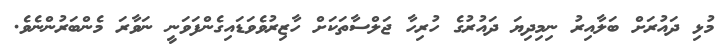
މުޅި ދައުރަށް ބަލާއިރު ނިމިދިޔަ ދައުރުގެ ހުރިހާ ޖަލްސާތަކަށް ހާޒިރުވެވަޑައިގެންފަވަނީ ނަވާރަ މެންބަރުންނެވެ.